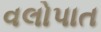
વલોપાત